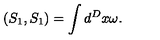
\left( S _ { 1 } , S _ { 1 } \right) = \int d ^ { D } x \omega .